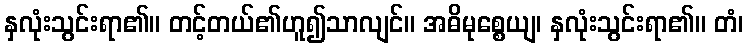
နှလုံးသွင်းရာ၏။ တင့်တယ်၏ဟူ၍သာလျင်။ အဓိမုစ္စေယျ၊ နှလုံးသွင်းရာ၏။ တံ၊